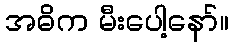
အဓိက မီးပေါ့နော်။